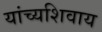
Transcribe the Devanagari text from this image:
यांच्यशिवाय